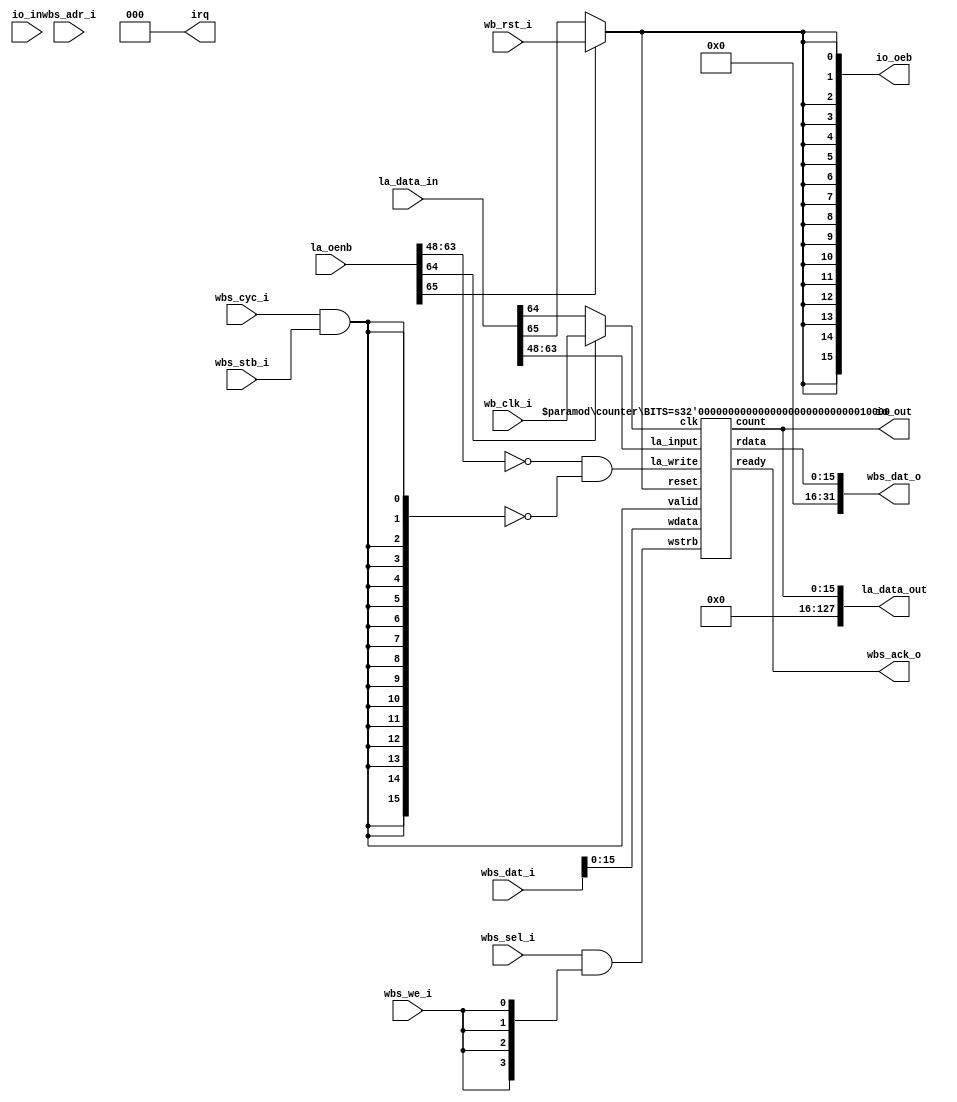
// SPDX-FileCopyrightText: 2020 Efabless Corporation
//
// Licensed under the Apache License, Version 2.0 (the "License");
// you may not use this file except in compliance with the License.
// You may obtain a copy of the License at
//
//      http://www.apache.org/licenses/LICENSE-2.0
//
// Unless required by applicable law or agreed to in writing, software
// distributed under the License is distributed on an "AS IS" BASIS,
// WITHOUT WARRANTIES OR CONDITIONS OF ANY KIND, either express or implied.
// See the License for the specific language governing permissions and
// limitations under the License.
// SPDX-License-Identifier: Apache-2.0

`default_nettype none
/*
 *-------------------------------------------------------------
 *
 * user_proj_example
 *
 * This is an example of a (trivially simple) user project,
 * showing how the user project can connect to the logic
 * analyzer, the wishbone bus, and the I/O pads.
 *
 * This project generates an integer count, which is output
 * on the user area GPIO pads (digital output only).  The
 * wishbone connection allows the project to be controlled
 * (start and stop) from the management SoC program.
 *
 * See the testbenches in directory "mprj_counter" for the
 * example programs that drive this user project.  The three
 * testbenches are "io_ports", "la_test1", and "la_test2".
 *
 *-------------------------------------------------------------
 */

module user_proj_example #(
    parameter BITS = 16
)(
`ifdef USE_POWER_PINS
    inout vccd1,	// User area 1 1.8V supply
    inout vssd1,	// User area 1 digital ground
`endif

    // Wishbone Slave ports (WB MI A)
    input wb_clk_i,
    input wb_rst_i,
    input wbs_stb_i,
    input wbs_cyc_i,
    input wbs_we_i,
    input [3:0] wbs_sel_i,
    input [31:0] wbs_dat_i,
    input [31:0] wbs_adr_i,
    output wbs_ack_o,
    output [31:0] wbs_dat_o,

    // Logic Analyzer Signals
    input  [127:0] la_data_in,
    output [127:0] la_data_out,
    input  [127:0] la_oenb,

    // IOs
    input  [BITS-1:0] io_in,
    output [BITS-1:0] io_out,
    output [BITS-1:0] io_oeb,

    // IRQ
    output [2:0] irq
);
    wire clk;
    wire rst;

    wire [BITS-1:0] rdata; 
    wire [BITS-1:0] wdata;
    wire [BITS-1:0] count;

    wire valid;
    wire [3:0] wstrb;
    wire [BITS-1:0] la_write;

    // WB MI A
    assign valid = wbs_cyc_i && wbs_stb_i; 
    assign wstrb = wbs_sel_i & {4{wbs_we_i}};
    assign wbs_dat_o = {{(32-BITS){1'b0}}, rdata};
    assign wdata = wbs_dat_i[BITS-1:0];

    // IO
    assign io_out = count;
    assign io_oeb = {(BITS){rst}};

    // IRQ
    assign irq = 3'b000;	// Unused

    // LA
    assign la_data_out = {{(128-BITS){1'b0}}, count};
    // Assuming LA probes [63:32] are for controlling the count register  
    assign la_write = ~la_oenb[63:64-BITS] & ~{BITS{valid}};
    // Assuming LA probes [65:64] are for controlling the count clk & reset  
    assign clk = (~la_oenb[64]) ? la_data_in[64]: wb_clk_i;
    assign rst = (~la_oenb[65]) ? la_data_in[65]: wb_rst_i;

    counter #(
        .BITS(BITS)
    ) counter(
        .clk(clk),
        .reset(rst),
        .ready(wbs_ack_o),
        .valid(valid),
        .rdata(rdata),
        .wdata(wbs_dat_i[BITS-1:0]),
        .wstrb(wstrb),
        .la_write(la_write),
        .la_input(la_data_in[63:64-BITS]),
        .count(count)
    );

endmodule

module counter #(
    parameter BITS = 16
)(
    input clk,
    input reset,
    input valid,
    input [3:0] wstrb,
    input [BITS-1:0] wdata,
    input [BITS-1:0] la_write,
    input [BITS-1:0] la_input,
    output reg ready,
    output reg [BITS-1:0] rdata,
    output reg [BITS-1:0] count
);

    always @(posedge clk) begin
        if (reset) begin
            count <= 1'b0;
            ready <= 1'b0;
        end else begin
            ready <= 1'b0;
            if (~|la_write) begin
                count <= count + 1'b1;
            end
            if (valid && !ready) begin
                ready <= 1'b1;
                rdata <= count;
                if (wstrb[0]) count[7:0]   <= wdata[7:0];
                if (wstrb[1]) count[15:8]  <= wdata[15:8];
            end else if (|la_write) begin
                count <= la_write & la_input;
            end
        end
    end

endmodule
`default_nettype wire